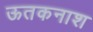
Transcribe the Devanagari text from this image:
ऊतकनाश